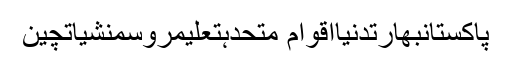
پاکستانبھارتدنیااقوام متحدہتعلیمروسمنشیاتچین